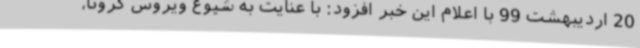
20 اردیبهشت 99 با اعلام این خبر افزود: با عنایت به شیوع ویروس کرونا،